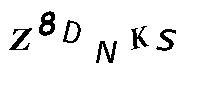
Z8DNKS